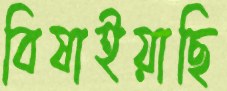
বিষাইয়াছি